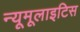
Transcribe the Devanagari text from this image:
न्यूमूलाइटिस